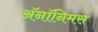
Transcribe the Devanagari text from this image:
ॲनॉनिमस